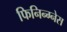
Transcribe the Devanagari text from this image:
फिनिन्ग्नेस